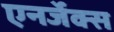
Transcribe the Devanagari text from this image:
एनर्जेक्स